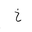
Letter: _kha